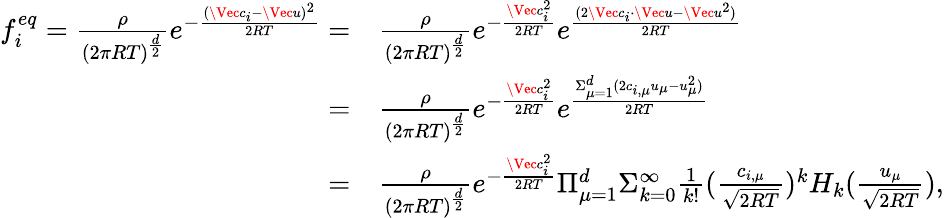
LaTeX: \begin{array}{rl}{f_{i}^{eq}=\frac{\rho}{(2\pi RT)^{\frac{d}{2}}}e^{-\frac{(\Vec{c}_{i}-\Vec{u})^{2}}{2RT}}=}&{\frac{\rho}{(2\pi RT)^{\frac{d}{2}}}e^{-\frac{\Vec{c}_{i}^{2}}{2RT}}e^{\frac{(2\Vec{c}_{i}\cdot\Vec{u}-\Vec{u}^{2})}{2RT}}}\\ {=}&{\frac{\rho}{(2\pi RT)^{\frac{d}{2}}}e^{-\frac{\Vec{c}_{i}^{2}}{2RT}}e^{\frac{\Sigma_{\mu=1}^{d}(2c_{i,\mu}u_{\mu}-{u}_{\mu}^{2})}{2RT}}}\\ {=}&{\frac{\rho}{(2\pi RT)^{\frac{d}{2}}}e^{-\frac{\Vec{c}_{i}^{2}}{2RT}}\Pi_{\mu=1}^{d}\Sigma_{k=0}^{\infty}\frac{1}{k!}(\frac{c_{i,\mu}}{\sqrt{2RT}})^{k}H_{k}(\frac{u_{\mu}}{\sqrt{2RT}}),}\end{array}